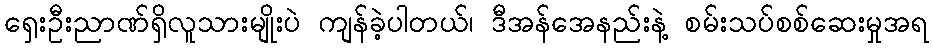
ရှေးဦးညာဏ်ရှိလူသားမျိုးပဲ ကျန်ခဲ့ပါတယ်၊ ဒီအန်အေနည်းနဲ့ စမ်းသပ်စစ်ဆေးမှုအရ